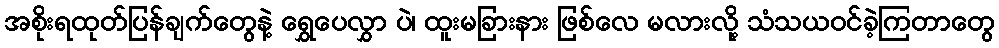
အစိုးရထုတ်ပြန်ချက်တွေနဲ့ ရွှေပေလွှာ ပဲ၊ ထူးမခြားနား ဖြစ်လေ မလားလို့ သံသယဝင်ခဲ့ကြတာတွေ